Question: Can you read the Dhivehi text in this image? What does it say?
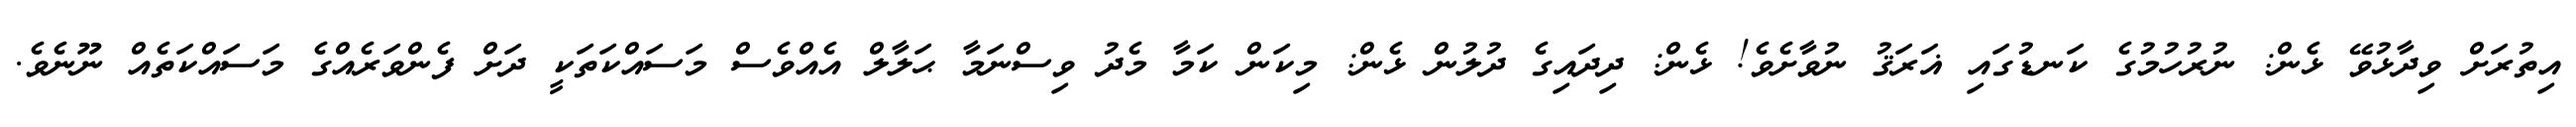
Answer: އިތުރަށް ވިދާޅުވޭ ޅެން: ނުރުހުމުގެ ކަނޑުގައި ޣަރަޤު ނުވާށެވެ! ޅެން: ދިދައިގެ ދުލުން ޅެން: މިކަން ކަމާ މެދު ވިސްނަމާ ޙަލާލް އެއްވެސް މަސައްކަތަކީ ދަށް ފެންވަރެއްގެ މަސައްކަތެއް ނޫނެވެ.